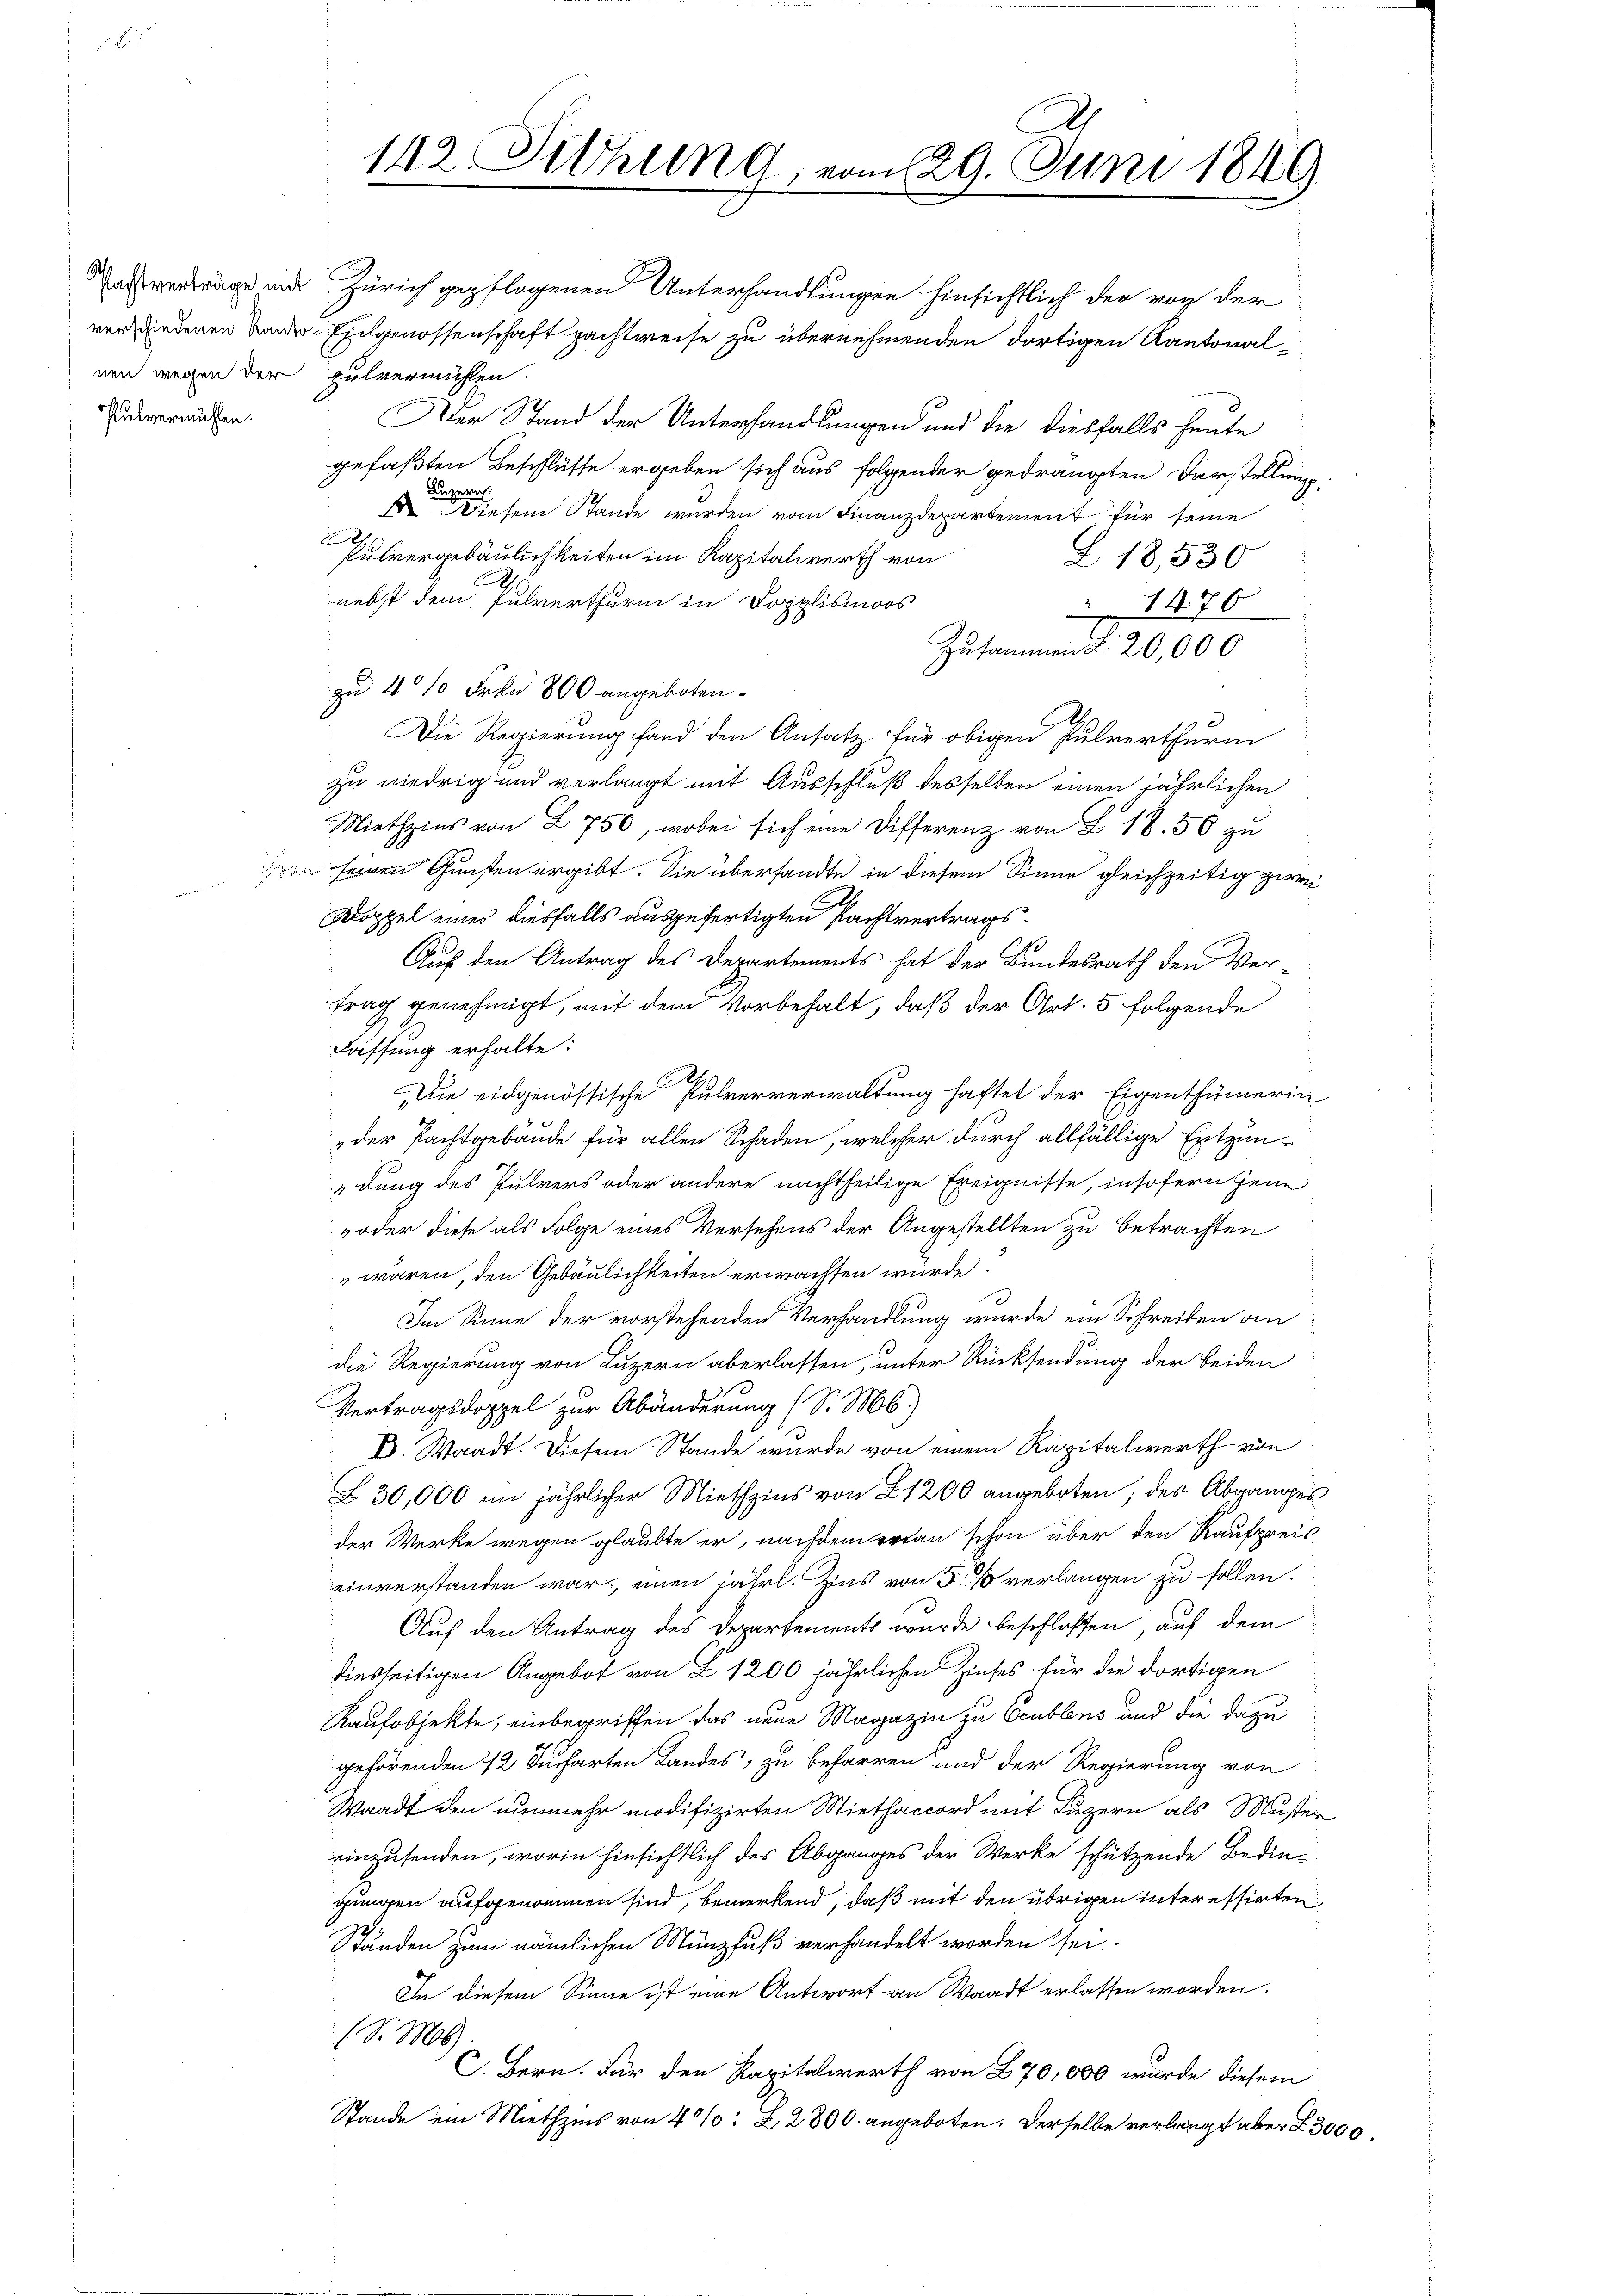
nen wegen der pulvermühlen.
Pulvermühlen.

.

142. Sitzung, vom 29. Juni 1849

achverträge und Zürich gepflogenen Unterhandlungen hinsichtlich der von der
versiedenen Lander Eingenossenschaft pachtweise zu übernehmenden dortigen Kantonal
Der Stand der Unterhandlungen und die diesfalls heute
gefaßten Beschlüsse ergeben sich aus folgender gedrängten Darstellung.
get
Du
 Diesem Stande wurden vom Finanzdepartement für seine
Pulvergebäulichkeiten im Kapitalwerth von
Z. 18,530
nebst dem Pulverthurm in Dopplismoos
1470
Zusammen § 20,000
zu 4 10 Frkn. 800 angeboten.
Die Regierung fand den Ansatz für obigen Pulverthurm
zu niedrig und verlangt mit Ausschluß desselben einen jährlichen
Miethzins von Z. 750, wobei sich eine Differenz von § 18. 50 zu
en seinen Gunsten ergibt. Sie übersandte in diesem Sinne gleichzeitig zwei
Doppel eines diesfalls ausgefertigten Pachtvertrags¬
Auf den Antrag des Departements hat der Bundesrath den Vertrag genehmigt, mit dem Vorbehalt, daß der Art. 5 folgende
Daffung erhalte:
Die eidgenössische Pulververwaltung haftet der Eigenthümerin
„der Pachtgebäude für allen Schaden, welcher durch allfällige Entzün-
dung des Pulvers oder andere nachtheilige Ereignisse, insofern jene
oder diese als Folge eines Versehens der Angestellten zu betrachten
 wären, den Gebäulichkeiten erwachsen würde.
Im Sinne der vorstehenden Verhandlung wurde ein Schreiben an
die Regierung von Luzern aberlassen, unter Rücksendung der beiden
Vertragsdoppel zur Abänderung (S. M.)
D. Waadt. Diesem Stande wurde von einem Kapitalwerth von
Z 30,000 ein jährlicher Miethzins von 21200 angeboten; des Abganges
der Werke wegen glaubte er, nachdem er an schon über den Kaufpreis-
einverstanden war, einen jährl. Zins von 5 % verlangen zu sollen.
Auf den Antrag des Departements wurde beschlossen, auf dem
diesseitigen Angebot von Z 1200 jährlichen Zinses für die dortigen
Kaufobjekte, einbegriffen das neue Magazin zu Crublens und die dazu
gehörenden 12 Jucharten Landes, zu beharren und der Regierung von
Waadt den nunmehr modifizirten Miethaccord mit Luzern als Muster
einzusenden, worin hinsichtlich des Abganges der Werke schützende Bedin-
gungen aufgenommen sind, bemerkend, daß mit den übrigen interessirten
Ständen zum nämlichen Münzfuß verhandelt worden sei.
In diesem Sinne ist eine Antwort an Waadt erlassen worden.
(S. 108.
C. Bern. Für den Kapitalwerth von 270,000 wurde diesem
Stande ein Miethzins von 40% Z 2800. angeboten. Derselbe verlangt über § 3000.